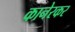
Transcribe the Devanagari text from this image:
कानेरकर